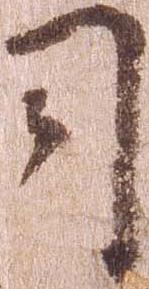
司